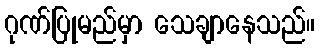
ဂုဏ်ပြုမည်မှာ သေချာနေသည်။